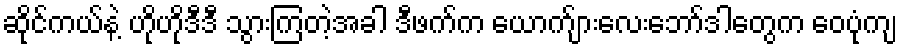
ဆိုင်ကယ်နဲ့ ဟိုဟိုဒီဒီ သွားကြတဲ့အခါ ဒီဖက်က ယောက်ျားလေးဘော်ဒါတွေက ဝေပုံကျ